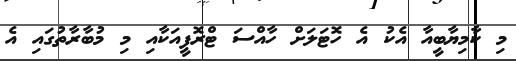
މި ކާމިޔާބީއާ އެކު އެ ހޮޓަލަށް ހާއްސަ ޓްރޮފީއަކާއި މި މުބާރާތުގައި އެ